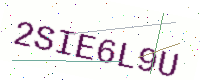
Text: 2SIE6L9U